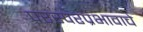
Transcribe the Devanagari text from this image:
परस्परप्रभावाचे